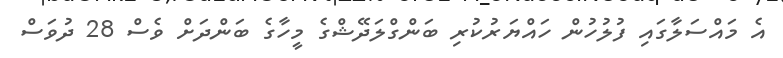
އެ މައްސަލާގައި ފުލުހުން ހައްޔަރުކުރި ބަންގްލަދޭޝްްގެ މީހާގެ ބަންދަށް ވެސް 28 ދުވަސް